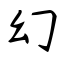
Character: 幻